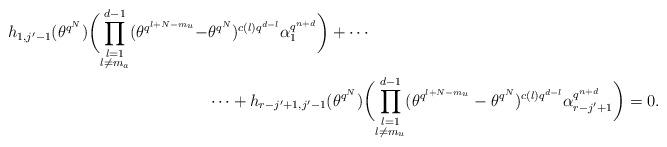
LaTeX: \begin{align*}h_{1,j'-1}(\theta^{q^N})\biggl(\prod_{\substack{l=1\\l\neq m_a}}^{d-1}(\theta^{q^{l+N-m_u}}-&\theta^{q^N})^{c(l)q^{d-l}}\alpha_1^{q^{n+d}}\biggr)+\cdots\\& \cdots+h_{r-j'+1,j'-1}(\theta^{q^N})\biggl(\prod_{\substack{l=1\\l\neq m_u}}^{d-1}(\theta^{q^{l+N-m_u}}-\theta^{q^N})^{c(l)q^{d-l}}\alpha_{r-j'+1}^{q^{n+d}}\biggr)=0. \end{align*}